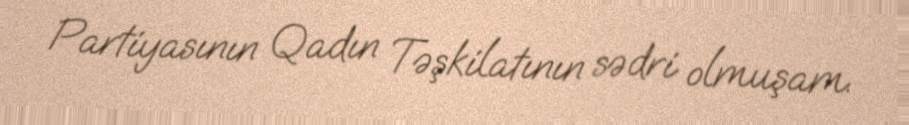
Partiyasının Qadın Təşkilatının sədri olmuşam.